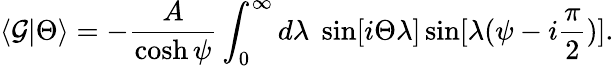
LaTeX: \langle\mathcal{G}|\Theta\rangle=-\frac{{A}}{{\cosh\psi}}\int_{0}^{\infty}d\lambda\; \sin[i\Theta\lambda]\sin[\lambda(\psi-i{\frac{{\pi}}{{2}}})].